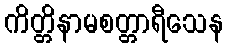
ကိတ္တိနာမစတ္တာရီသေန